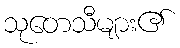
သုတေသီများ၏